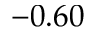
- 0 . 6 0